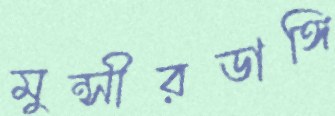
মুন্সীরডাঙ্গি